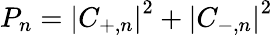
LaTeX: P_{n}=\left|C_{+,n}\right|^{2}+\left|C_{-,n}\right|^{2}